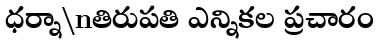
ధర్నా\nతిరుపతి ఎన్నికల ప్రచారం